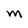
Character: M